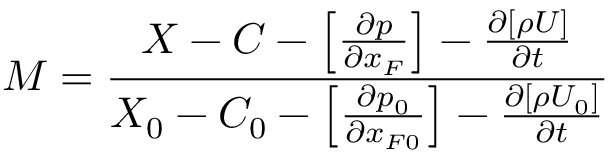
M = \frac { X - C - \left[ \frac { \partial p } { \partial x _ { F } } \right] - \frac { \partial [ \rho U ] } { \partial t } } { X _ { 0 } - C _ { 0 } - \left[ \frac { \partial p _ { 0 } } { \partial x _ { F 0 } } \right] - \frac { \partial [ \rho U _ { 0 } ] } { \partial t } }